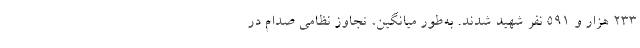
233 هزار و 591 نفر شهید شدند. به‌طور میانگین، تجاوز نظامی صدام در